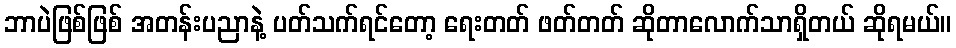
ဘာပဲဖြစ်ဖြစ် အတန်းပညာနဲ့ ပတ်သက်ရင်တော့ ရေးတတ် ဖတ်တတ် ဆိုတာလောက်သာရှိတယ် ဆိုရမယ်။